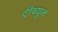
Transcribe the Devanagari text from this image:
ट्रीब्युन